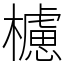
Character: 櫖